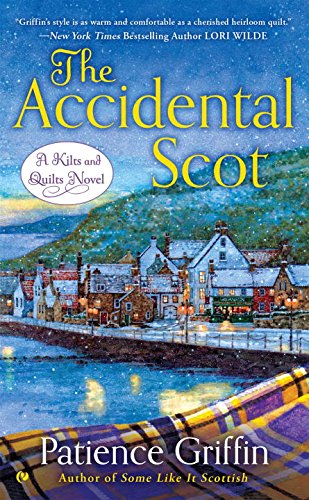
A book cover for The Accidental Scot: A Kilts and Quilts Novel; Patience Griffin; Romance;